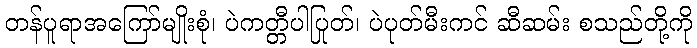
တန်ပူရာအကြော်မျိုးစုံ၊ ပဲကတ္တီပါပြုတ်၊ ပဲပုတ်မီးကင် ဆီဆမ်း စသည်တို့ကို